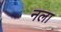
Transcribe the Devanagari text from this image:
नला